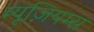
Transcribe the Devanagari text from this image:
म्यूज़ियम्स